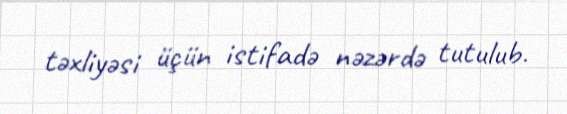
təxliyəsi üçün istifadə nəzərdə tutulub.